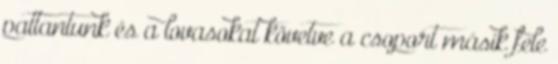
pattantunk és a lovasokat követve a csoport másik fele